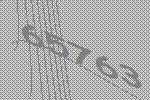
65763